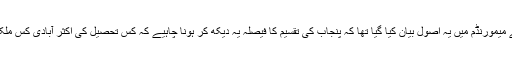
اس کے برعکس مسلم لیگ کے میمورنڈم میں یہ اصول بیان کیا گیا تھا کہ پنجاب کی تقسیم کا فیصلہ یہ دیکھ کر ہونا چاہیے کہ کس تحصیل کی اکثر آبادی کس ملک کے ساتھ شامل ہونی چاہیے۔